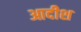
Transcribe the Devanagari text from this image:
आदीश